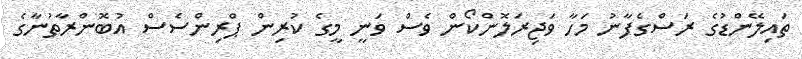
ތައިލޭންޑުގެ ރަސްގެފާނު މަހާ ވަޖިރަލޮންކޯން ވެސް ވަނީ މީގެ ކުރިން ޕްރިންސެސް އުބޮންރާތުނާގެ